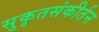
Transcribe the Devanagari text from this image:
सुकृतसंकीर्तन